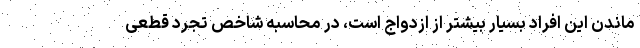
ماندن این افراد بسیار بیشتر از ازدواج است، در محاسبه شاخص تجرد قطعی